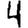
Digit: 4